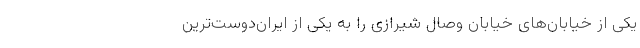
یکی از خیابان‌های خیابان وصال شیرازی را به یکی از ایران‌دوست‌ترین